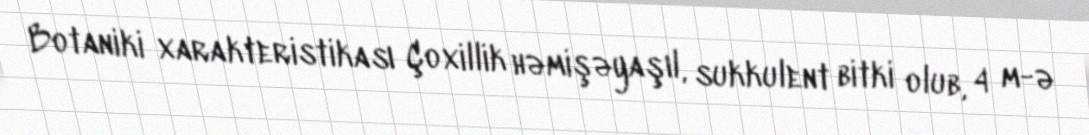
Botaniki xarakteristikası Çoxillik həmişəyaşıl, sukkulent bitki olub, 4 m-ə